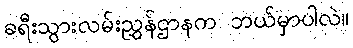
ခရီးသွားလမ်းညွှန်ဌာနက ဘယ်မှာပါလဲ။